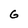
Character: G